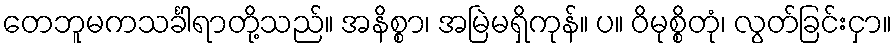
တေဘူမကသင်္ခါရာတို့သည်။ အနိစ္စာ၊ အမြဲမရှိကုန်။ ပ။ ဝိမုစ္စိတုံ၊ လွတ်ခြင်းငှာ။